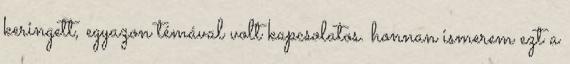
keringett, egyazon témával volt kapcsolatos. honnan ismerem ezt a